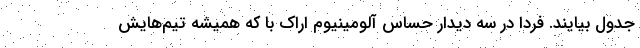
جدول بیایند. فردا در سه دیدار حساس آلومینیوم اراک با که همیشه تیم‌هایش